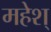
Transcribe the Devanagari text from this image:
महेश्